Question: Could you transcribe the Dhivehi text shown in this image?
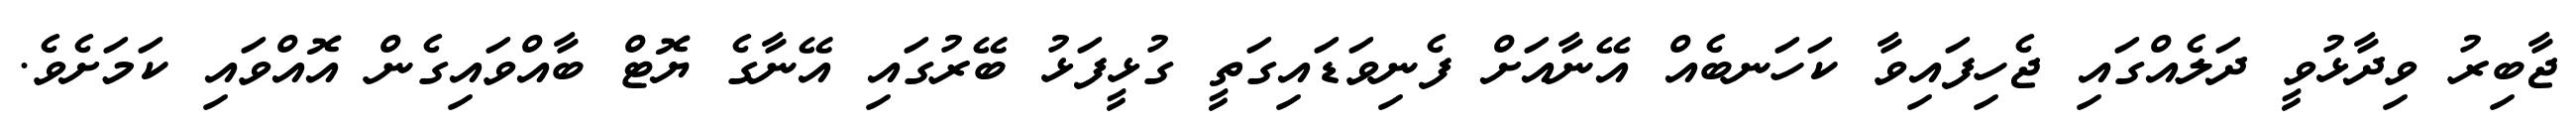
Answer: ޖާބިރު ވިދާޅުވީ ދަލެއްގައި ޖެހިފައިވާ ކަހަނބެއް އޭނާއަށް ފެނިވަޑައިގަތީ ގުޅީފަޅު ބޭރުގައި އޭނާގެ ޔޮޓް ބާއްވައިގެން އޮއްވައި ކަމަށެވެ.